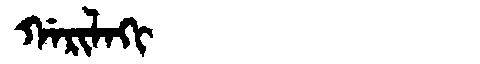
Manchu: ᡤᠠᡵᡳᠯᠠᡴᡳ
Romanization: GARILAKI